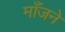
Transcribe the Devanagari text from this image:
माँजने